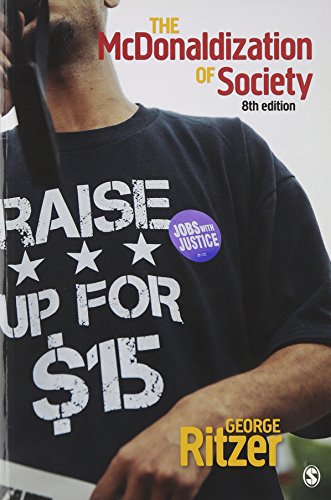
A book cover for The McDonaldization of Society; George F. Ritzer; Politics & Social Sciences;